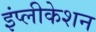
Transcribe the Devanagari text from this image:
इंप्लीकेशन